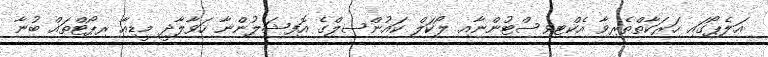
އަލެޕޯގައި ހަރަކާތްތެރިވާ އެކްޓިވިސްޓުންނާއި ލޯކަލް ކައުންސިލްގެ އޮފިޝަލުންނާ ހަވާލާދީ މީޑިއާ ރިޕޯޓްތައް ބުނާ